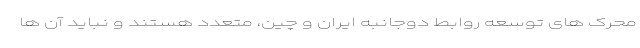
محرک های توسعه روابط دوجانبه ایران و چین، متعدد هستند و نباید آن ها